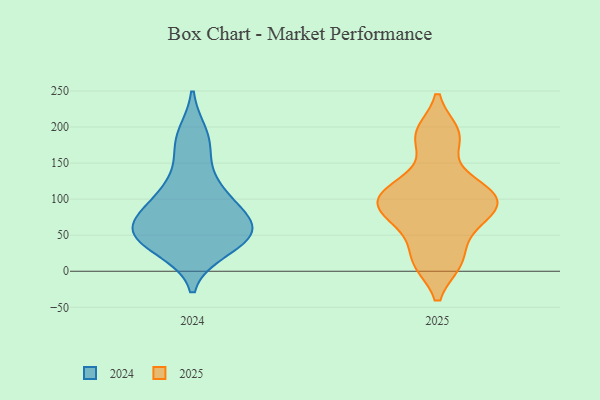
{"axis": {"x": "Budget (USD K)", "y": "Value"}, "legend": ["2024", "2025"], "data": [{"x": "", "y": 14, "type": "2025"}, {"x": "", "y": 75, "type": "2025"}, {"x": "", "y": 14, "type": "2025"}, {"x": "", "y": 185, "type": "2025"}, {"x": "", "y": 60, "type": "2025"}, {"x": "", "y": 191, "type": "2025"}, {"x": "", "y": 110, "type": "2025"}, {"x": "", "y": 123, "type": "2025"}, {"x": "", "y": 103, "type": "2025"}, {"x": "", "y": 92, "type": "2025"}, {"x": "", "y": 93, "type": "2025"}, {"x": "", "y": 46, "type": "2024"}, {"x": "", "y": 63, "type": "2024"}, {"x": "", "y": 188, "type": "2024"}, {"x": "", "y": 83, "type": "2024"}, {"x": "", "y": 171, "type": "2024"}, {"x": "", "y": 51, "type": "2024"}, {"x": "", "y": 76, "type": "2024"}, {"x": "", "y": 32, "type": "2024"}, {"x": "", "y": 114, "type": "2024"}, {"x": "", "y": 53, "type": "2024"}, {"x": "", "y": 48, "type": "2024"}, {"x": "", "y": 113, "type": "2024"}]}